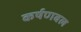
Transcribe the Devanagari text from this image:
कर्षणबल